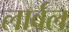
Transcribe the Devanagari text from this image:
लार्वल